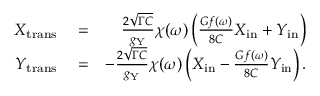
\begin{array} { r l r } { X _ { \mathrm { t r a n s } } } & { { } = } & { \frac { 2 \sqrt { \Gamma C } } { g _ { \mathrm { Y } } } \chi ( \omega ) \left( \frac { G f ( \omega ) } { 8 C } X _ { \mathrm { i n } } + Y _ { \mathrm { i n } } \right) } \\ { Y _ { \mathrm { t r a n s } } } & { { } = } & { - \frac { 2 \sqrt { \Gamma C } } { g _ { \mathrm { Y } } } \chi ( \omega ) \left( X _ { \mathrm { i n } } - \frac { G f ( \omega ) } { 8 C } Y _ { \mathrm { i n } } \right) . } \end{array}